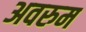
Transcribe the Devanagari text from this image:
अवरुम